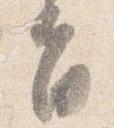
旨